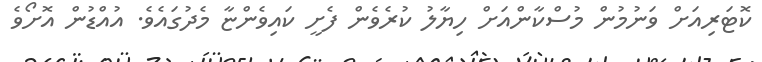
ކޮޓަރިއަށް ވަނުމުން މުސްކާންއަށް ހިޔާލު ކުރެވެން ފެށީ ކައިވެންޏާ މެދުގައެވެ. އުއްޑުން އޮށޯވެ